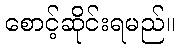
စောင့်ဆိုင်းရမည်။